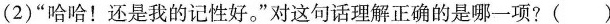
(2)”哈哈！还是我的记性好。”对这句话理解正确的是哪一项?()